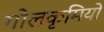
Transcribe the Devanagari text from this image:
गोलकृमियों